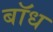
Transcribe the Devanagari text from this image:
बाॅध